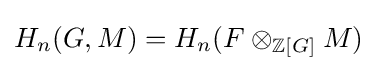
H_{n}(G,M)=H_{n}(F\otimes _{\mathbb {Z} [G]}M)